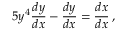
5 y ^ { 4 } { \frac { d y } { d x } } - { \frac { d y } { d x } } = { \frac { d x } { d x } } \, ,